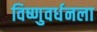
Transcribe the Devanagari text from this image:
विष्णुवर्धनला